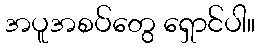
အပူအစပ်တွေ ရှောင်ပါ။